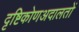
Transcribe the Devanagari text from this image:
दृष्टिकोणअदालतों